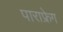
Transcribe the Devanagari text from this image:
पाराफ्रेग